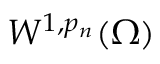
W ^ { 1 , p _ { n } } ( \Omega )